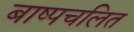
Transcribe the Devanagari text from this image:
बाष्पचलित